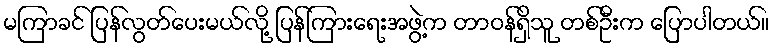
မကြာခင် ပြန်လွတ်ပေးမယ်လို့ ပြန်ကြားရေးအဖွဲ့က တာဝန်ရှိသူ တစ်ဦးက ပြောပါတယ်။